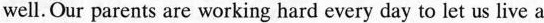
well. Our parents are working hard every day to let us live a